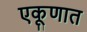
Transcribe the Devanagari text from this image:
एकूणात